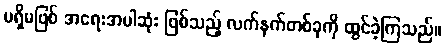
မရှိမဖြစ် အရေးအပါဆုံး ဖြစ်သည့် လက်နက်တစ်ခုကို ထွင်ခဲ့ကြသည်။